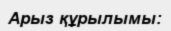
Арыз құрылымы: